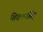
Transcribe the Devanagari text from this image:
शिवदानसिंह